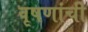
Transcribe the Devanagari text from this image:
वृषणांची